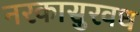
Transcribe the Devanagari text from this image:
नरकासुरवध